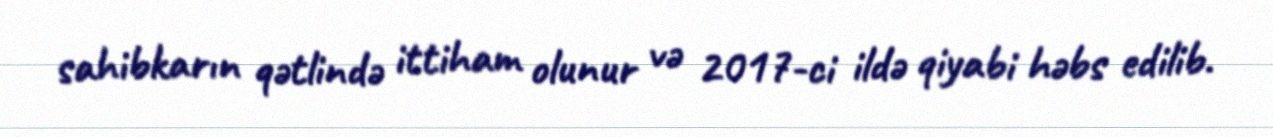
sahibkarın qətlində ittiham olunur və 2017-ci ildə qiyabi həbs edilib.